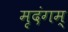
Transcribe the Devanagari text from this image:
मृदंगम्